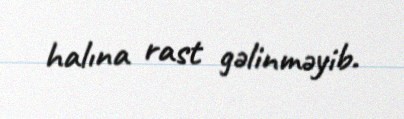
halına rast gəlinməyib.